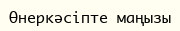
Өнеркәсіпте маңызы